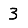
Digit: 3